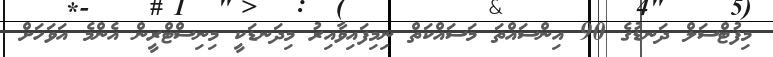
މިފުޓްސަލް ދަނޑުގެ 90 އިންސައްތަ މަސައްކަތް ނިމިފައިވާއިރު މިދަނޑަކީ މިނިސްޓްރީން އެންމެ އަވަހަށް